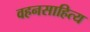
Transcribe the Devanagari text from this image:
वहनसाहित्य